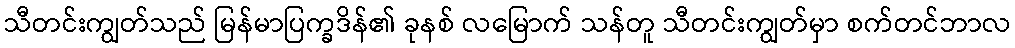
သီတင်းကျွတ်သည် မြန်မာပြက္ခဒိန်၏ ခုနစ် လမြောက် သန်တူ သီတင်းကျွတ်မှာ စက်တင်ဘာလ